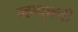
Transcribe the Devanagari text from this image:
म्हणूनची